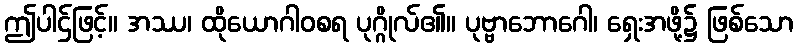
ဤပါဌ်ဖြင့်။ အဿ၊ ထိုယောဂါဝစရ ပုဂ္ဂိုလ်၏။ ပုဗ္ဗာဘောဂေါ၊ ရှေးအဖို့၌ ဖြစ်သော